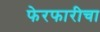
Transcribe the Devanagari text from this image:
फेरफारीचा